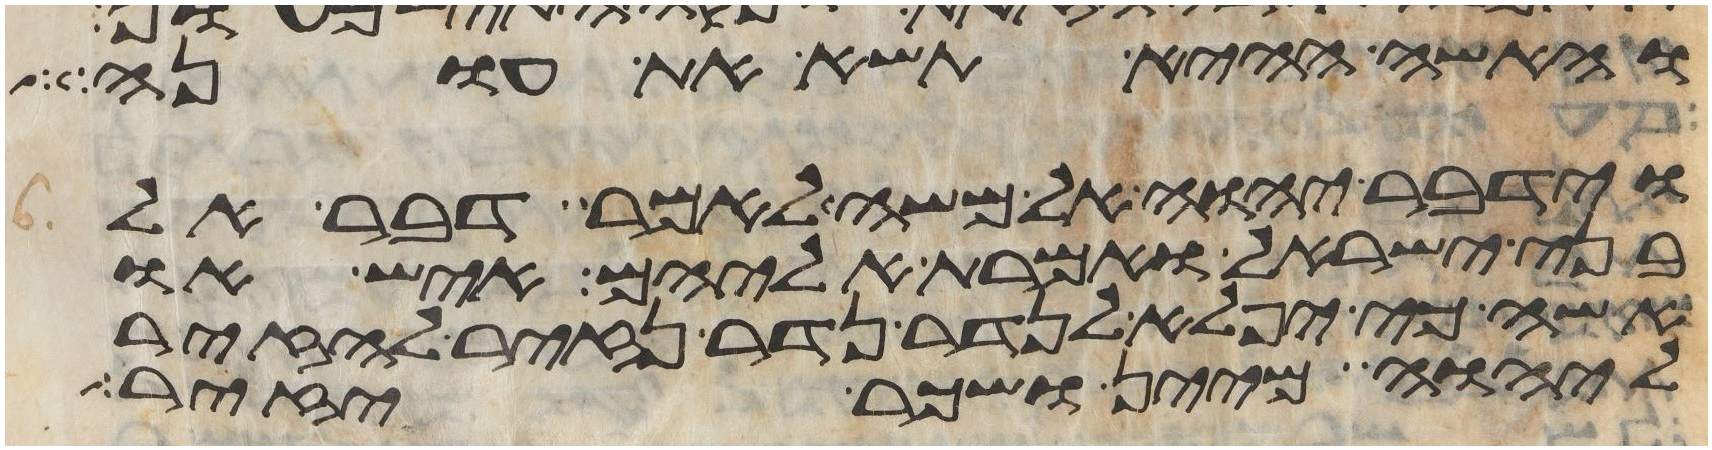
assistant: והאשה ההיא תשא את עונה
וידבר יהוה אל משה לאמר דבר אל
בני ישראל ואמרת אליהם איש או
אשה כי יפלא לנדר נדר נזיר להזיר
ליהוה מיין ושכר יזיר